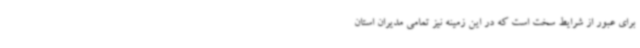
برای عبور از شرایط سخت است که در این زمینه نیز تمامی مدیران استان